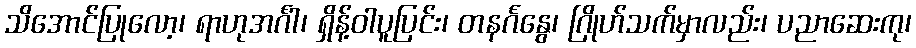
သိအောင်ပြုလော့၊ ရာဟုအင်္ဂါ၊ ရှိန့်ဝါပူပြင်း၊ တနင်္ဂနွေ၊ ဂြိုဟ်သက်မှာလည်း၊ ပညာဆေးကု၊